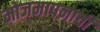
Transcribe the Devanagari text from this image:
मोजमापनाची